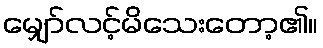
မျှော်လင့်မိသေးတော့၏။